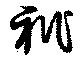
祇